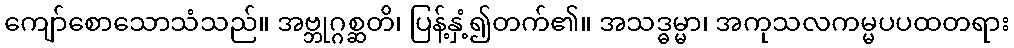
ကျော်စောသောသံသည်။ အဗ္ဘုဂ္ဂစ္ဆတိ၊ ပြန့်နှံ့၍တက်၏။ အသဒ္ဓမ္မာ၊ အကုသလကမ္မပပထတရား